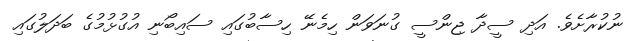
ނުކުރާށެވެ. އަދި ސީދާ ޖިންސީ ގުނަވަން ހިމެނޭ ހިސާބުގައި ސައިބޯނި އުގުޅުމުގެ ބަދަލުގައި